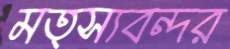
মত্স্যবন্দর